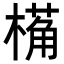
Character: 𬄌